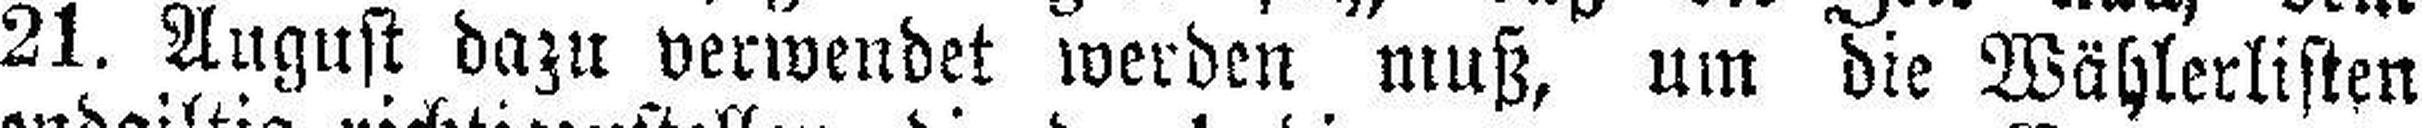
21. August dazu verwendet werden muß, um die Wählerlisten